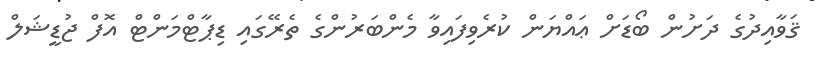
ޤަވާއިދުގެ ދަށުން ބޯޑަށް ޢައްޔަން ކުރެވިފައިވާ މެންބަރުންގެ ތެރޭގައި ޑިޕާޓްމަންޓް އޮފް ޖުޑީޝަލް